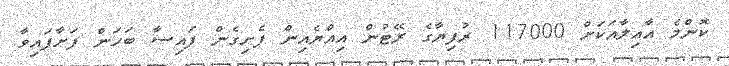
ކޮންމެ އާއިލާއަކަށް 117000 ރުފިޔާގެ ރޭޓުން އިއްޔެއިން ފެށިގެން ފައިސާ ބަހަން ފަށާފައިވާ